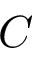
C